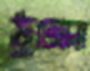
ঠুক্‌রো